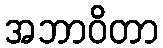
အဘာဝိတာ